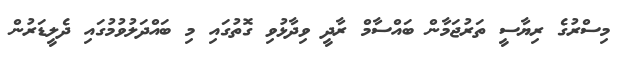
މިސްރުގެ ރިޔާސީ ތަރުޖަމާން ބައްސާމް ރާދީ ވިދާޅުވި ގޮތުގައި މި ބައްދަލުވުމުގައި ދެލީޑަރުން